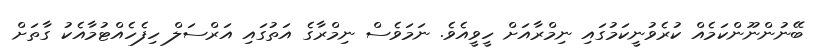
ބޭނުންނޫންކަމެއް ކުރެވުނީކަމުގައި ނިމްރާއަށް ހީވީއެވެ. ނަމަވެސް ނިމްރާގެ އަތުގައި އަރްސަލް ހިފެހެއްޓުމާއެކު ގާތަށް